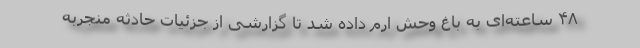
۴۸ ساعته‌ای به باغ‌ وحش ارم داده شد تا گزارشی از جزئیات حادثه‌ منجربه